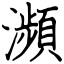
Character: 瀕